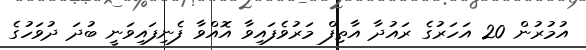
އުމުރުން 20 އަހަރުގެ ރައުދާ އާތިފް މަރުވެފައިވާ އޮއްވާ ފެނިފައިވަނީ ބުދަ ދުވަހުގެ